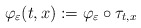
\begin{align*}\varphi _{\varepsilon }(t,x):=\varphi _{\varepsilon }\circ \tau_{t,x}\end{align*}